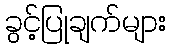
ခွင့်ပြုချက်များ